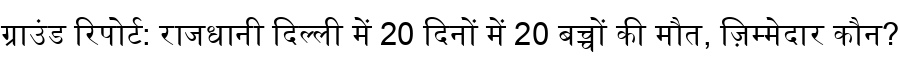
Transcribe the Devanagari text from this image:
ग्राउंड रिपोर्ट: राजधानी दिल्ली में 20 दिनों में 20 बच्चों की मौत, ज़िम्मेदार कौन?